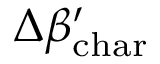
\Delta \beta _ { \mathrm { c h a r } } ^ { \prime }